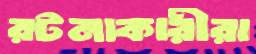
রটনাকারীরা